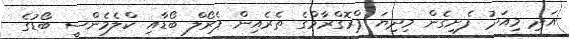
އަދި މިއަދު ފެށިގެން މިދިޔަ ޕްރޮގްރާމްގެ ތެރެއިން ޕެރޯލް ބޯޑާއި ކްލެމެންސީ ބޯޑުގެ